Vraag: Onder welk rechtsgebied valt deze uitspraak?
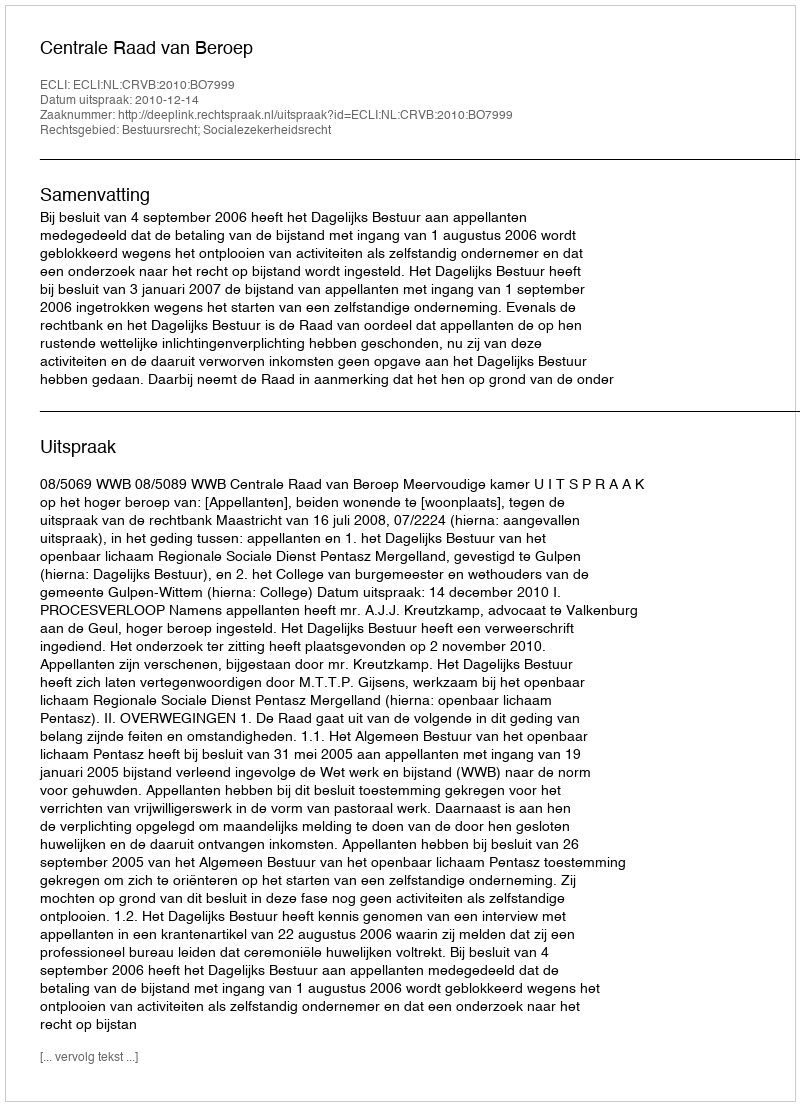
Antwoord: Bestuursrecht; Socialezekerheidsrecht